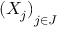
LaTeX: { ( X _ { j } ) } _ { j \in J }